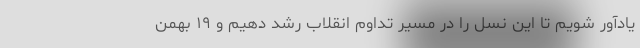
یادآور شویم تا این نسل را در مسیر تداوم انقلاب رشد دهیم و ۱۹ بهمن